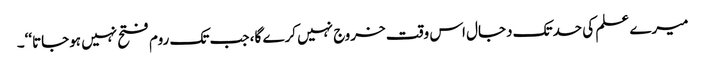
میرے علم کی حدتک دجال اس وقت خروج نہیں کرے گا، جب تک روم فتح نہیں ہوجاتا‘‘۔